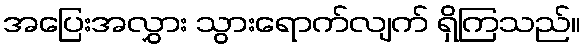
အပြေးအလွှား သွားရောက်လျက် ရှိကြသည်။